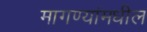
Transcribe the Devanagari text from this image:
मागण्यांमधील